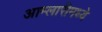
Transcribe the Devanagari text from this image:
आम्लारीमध्ये